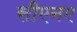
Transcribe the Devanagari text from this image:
सीएनए